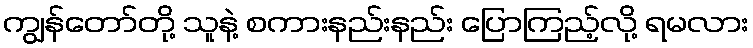
ကျွန်တော်တို့ သူနဲ့ စကားနည်းနည်း ပြောကြည့်လို့ ရမလား